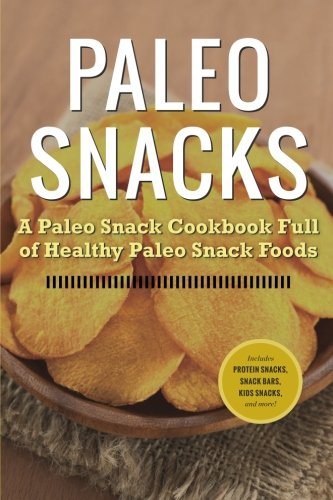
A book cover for Paleo Snacks: A Paleo Snack Cookbook Full of Healthy Paleo Snack Foods; Rockridge Press; Health, Fitness & Dieting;